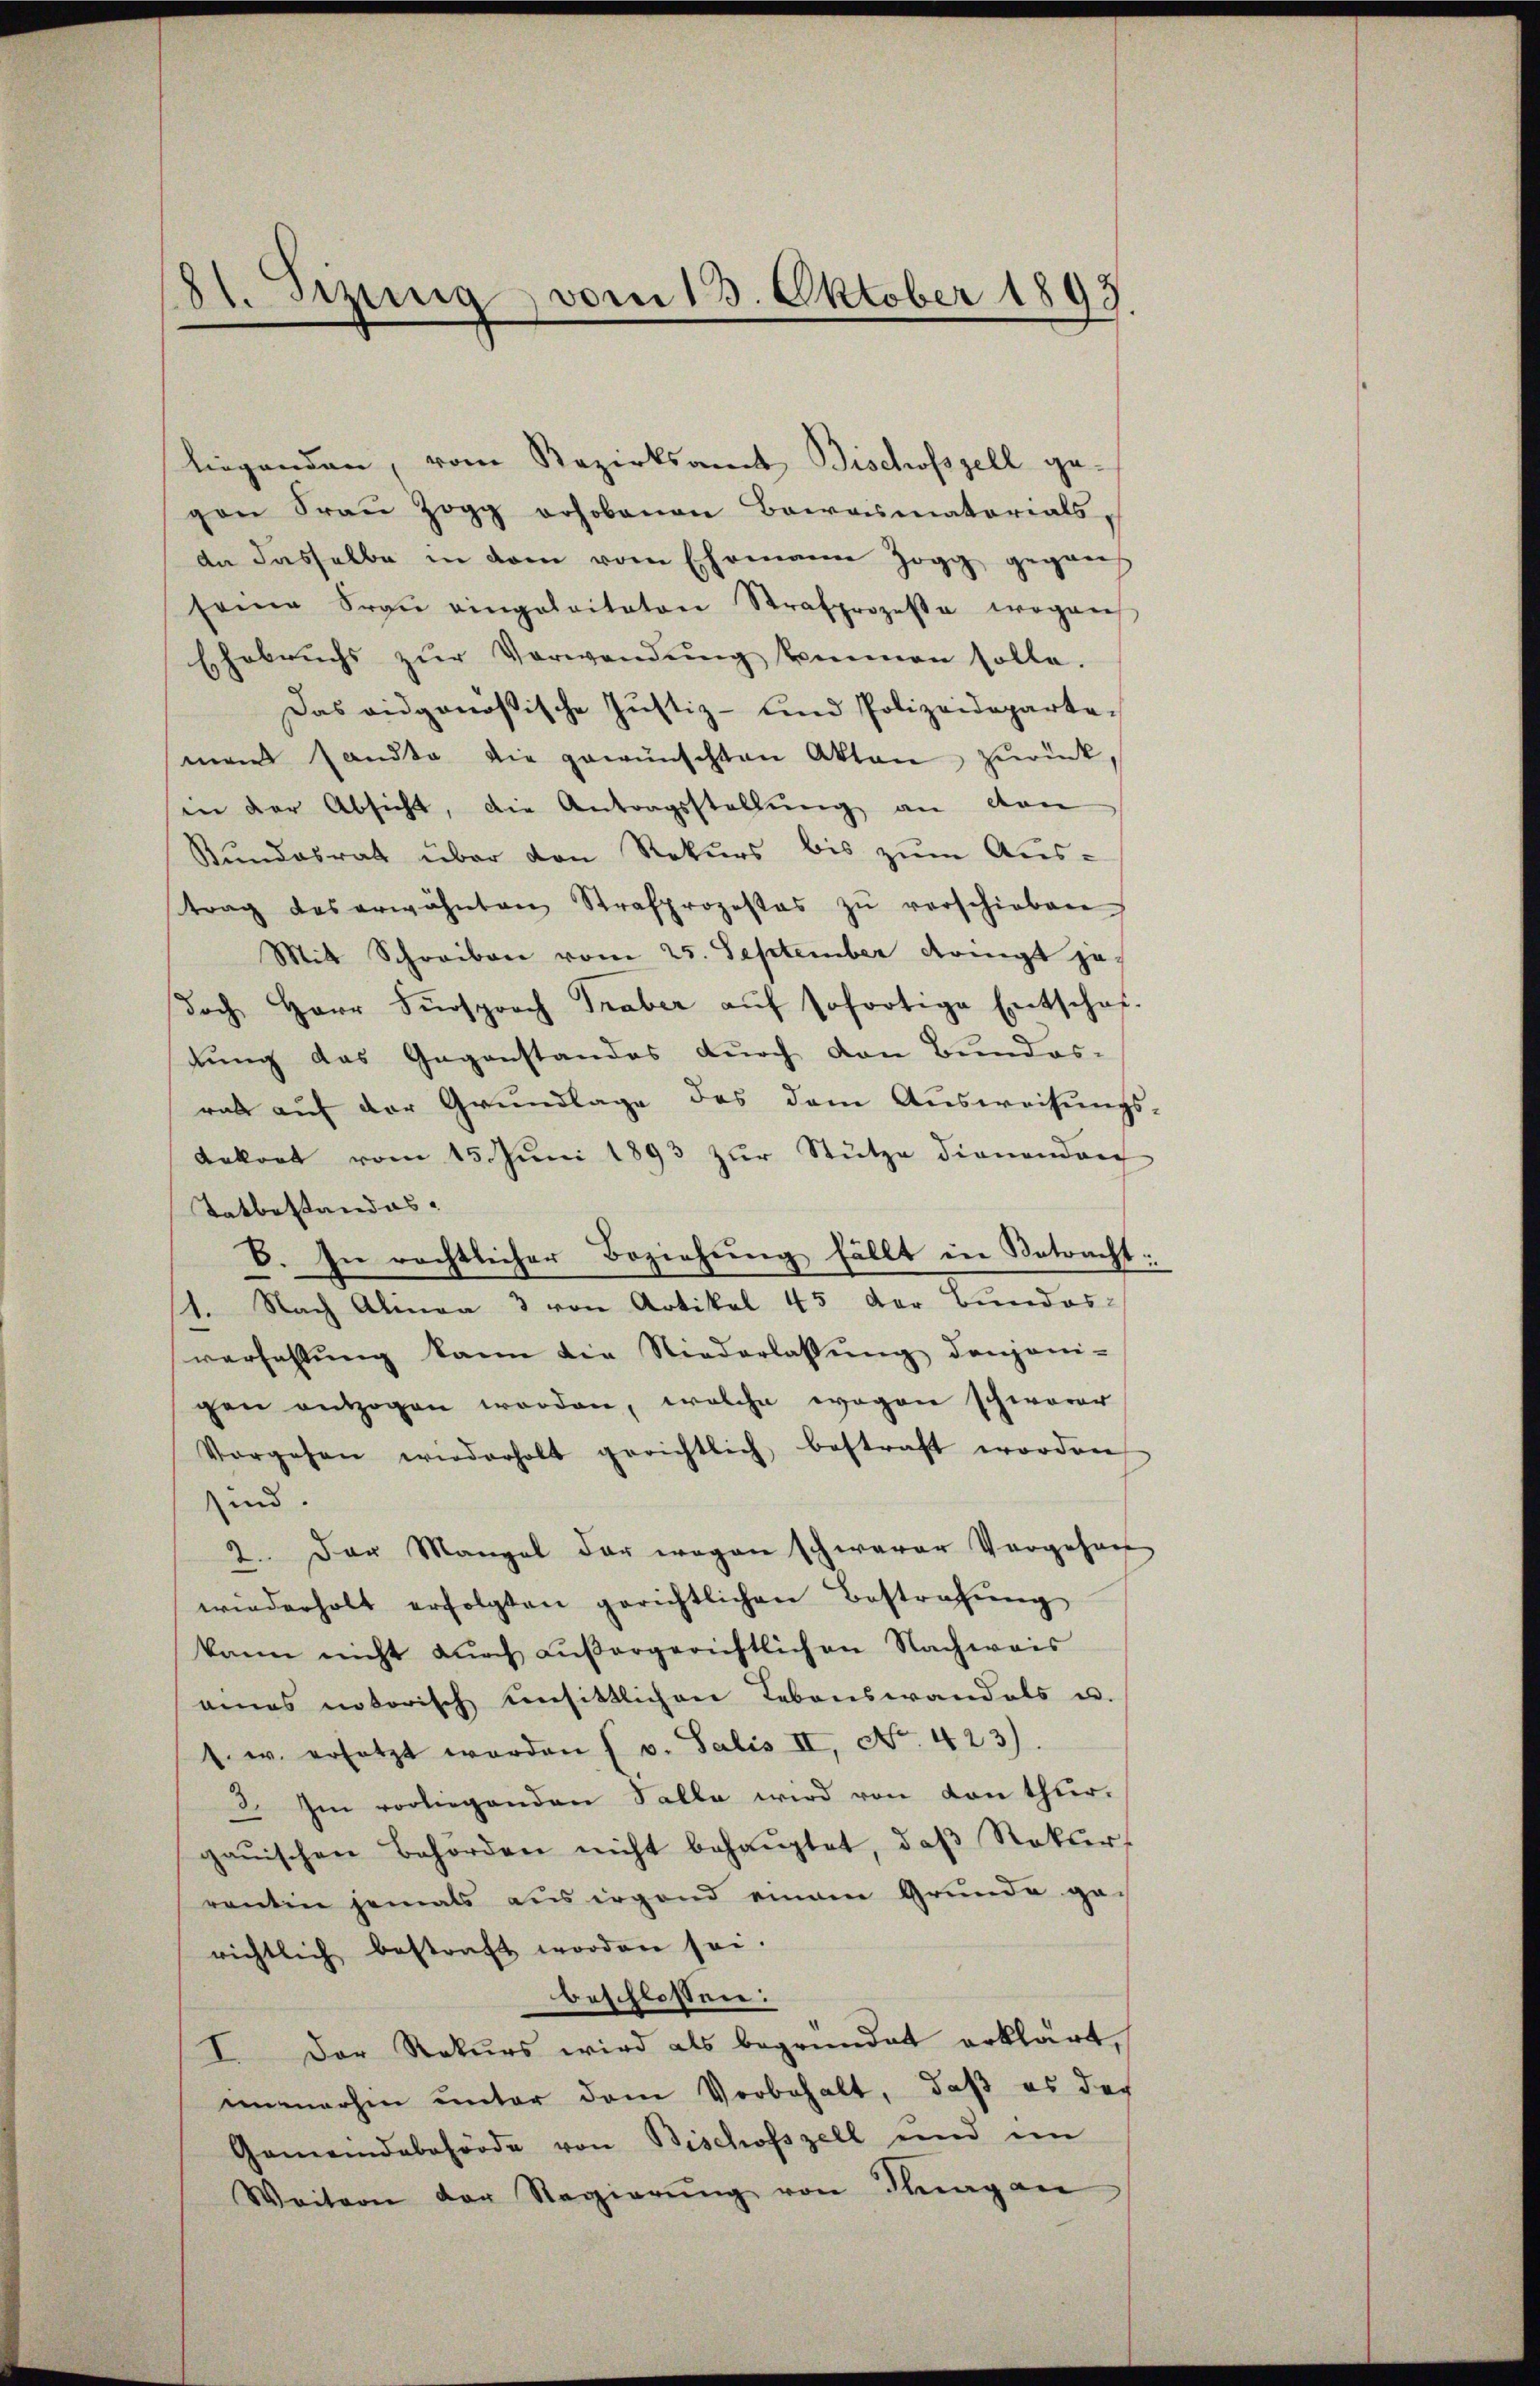
81. Dezung, vom 13. Oktober 1893.

liegenden, vom Bezirksamt Bischofszell gegen Frau Zogg erhobenen Beweismatorials,
da dasselbe in dem vom Ehemann Jogg gegan
seine Fraŭ eingeloitaten Strafprozessa wegens
Ehebruchs zŭr Verwendŭng kommen solle.
Das eidgenößische Justiz- und Polizeideparteman sandte die gewünschten Akten zurück,
in der Absicht, die Antragsstellŭng an von
Bundesrath über den Rekurs bis zum Austrag des erwähnten Strafprozestes zŭ verschieben
Mit Schreiben vom 25. September dringt jedoch Herr Fürsprach Traber aŭf sofortige Entschaf-
tung das Gegenstandes durch den Bundes-
rat auf der Grundlage des dem Ausweisŭngs-
Ankret vom 15. Juni 1893 zur Stütze dienendor
Tatbestandes.
V. In rechtlicher Beziehung fällt in Betracht:
1. Nach Alinea 3 von Artikel 45 der Bundes-
verhaltŭng kann die Niederlassŭng denjeni-
gen entzogen worden, welche wegen schwerer
Vorgehen wiederholt gerichtlich bestraft worden
sind.
2. Der Mangel der wegen schwerer Vorgehen
wiederholt erfolgten gerichtlichen Bestrafŭng
kann nicht dŭrch Lŭβergerichtlichen Nachweis
eines notorisch unsittlichen Lebenswandels u.
s. w. ersetzt worden (v. Salis II, No. 423)
3. Im vorliegenden Falle wird von von thurgaŭischen Behörden nicht behauptet, daß Rekurs
rentin jemals aus irgend einem Grunde ge-
richtlich bestraft worden sei.
beschlossen:
I. Der Rekurs wird als begründet erklärt,
immerhin unter dem Vorbehalt, daß es des
Gemeindebehörde von Bischofszell und im
Weitern der Regierŭng von Flugan